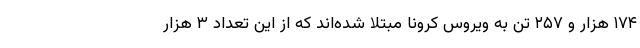
۱۷۴ هزار و ۲۵۷ تن به ویروس کرونا مبتلا شده‌اند که از این تعداد ۳ هزار